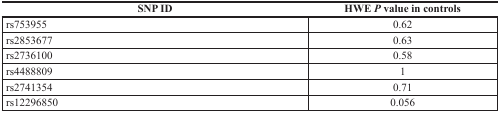
<table><thead><tr><td><b>SNP ID</b></td><td><b>HWE <i>P</i> value in controls</b></td></tr></thead><tbody><tr><td>rs753955</td><td>0.62</td></tr><tr><td>rs2853677</td><td>0.63</td></tr><tr><td>rs2736100</td><td>0.58</td></tr><tr><td>rs4488809</td><td>1</td></tr><tr><td>rs2741354</td><td>0.71</td></tr><tr><td>rs12296850</td><td>0.056</td></tr></tbody></table>